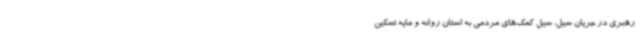
رهبری در جریان سیل، سیل کمک‌های مردمی به استان روانه و مایه تسکین